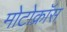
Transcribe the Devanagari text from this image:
मोटोक्राॅस